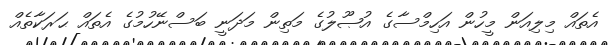
އެތައް މިލިއަން މީހުން އަހިމްސާގެ އުޞޫލުގެ މަތިން މަދަނީ ބަސްނޭހުމުގެ އެތައް ޙަރަކާތެއް